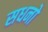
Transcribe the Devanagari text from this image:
सधनो